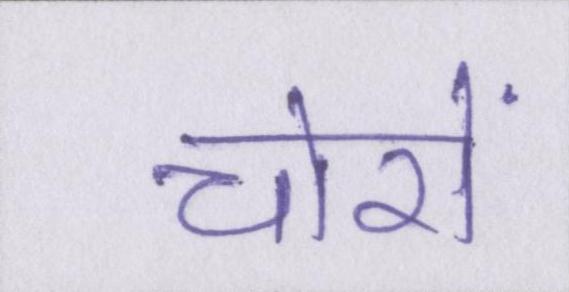
चोरों